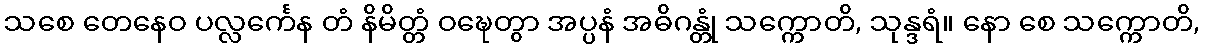
သစေ တေနေဝ ပလ္လင်္ကေန တံ နိမိတ္တံ ဝဍ္ဎေတွာ အပ္ပနံ အဓိဂန္တုံ သက္ကောတိ, သုန္ဒရံ။ နော စေ သက္ကောတိ,